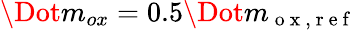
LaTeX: \Dot{m}_{ox}=0.5\Dot{m}_{\mathrm{~o~x~,~r~e~f~}}